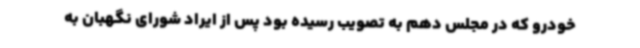
خودرو که در مجلس دهم به تصویب رسیده بود پس از ایراد شورای نگهبان به